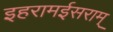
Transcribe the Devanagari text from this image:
इहरामईसराम्